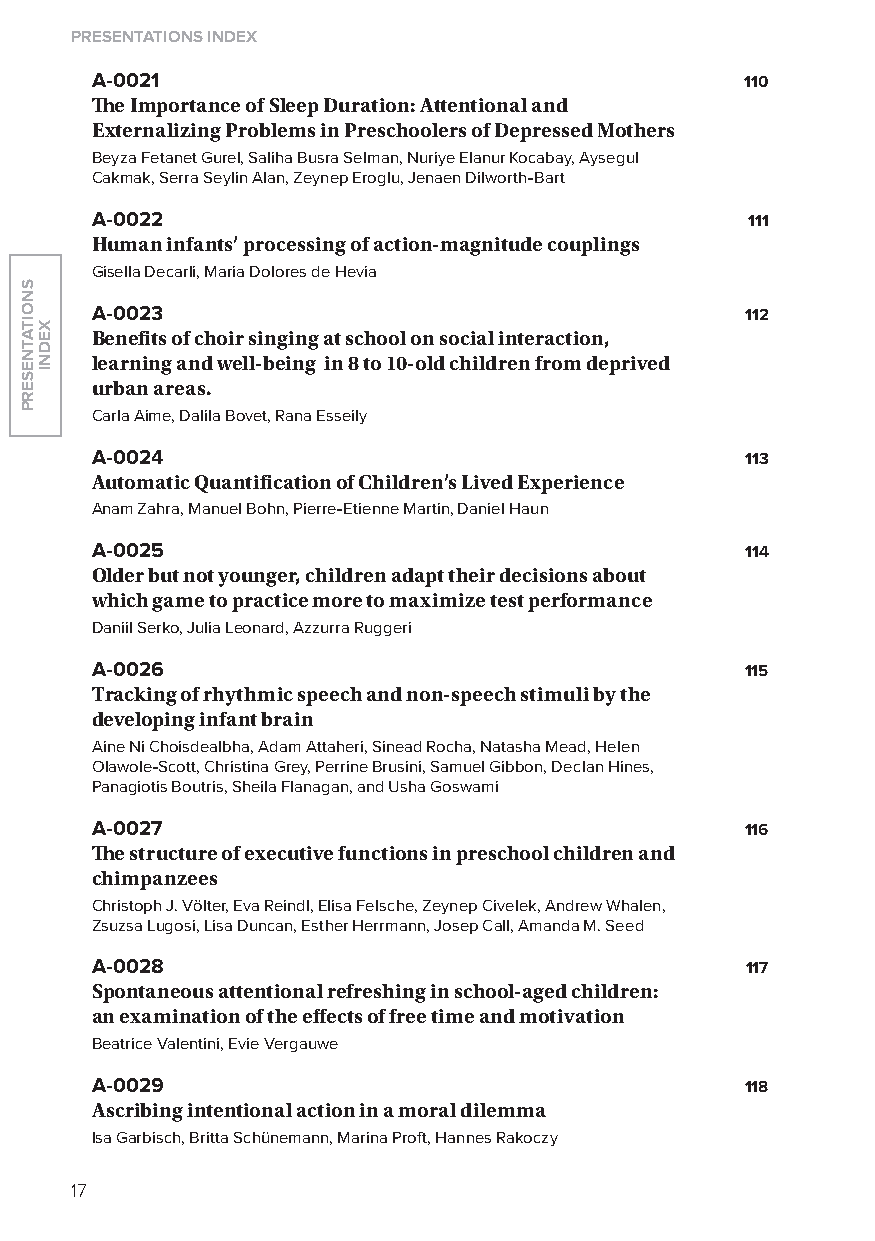
Presentations index
 A-0021                                     110
 The importance of sleep Duration: attentional and
 externalizing Problems in Preschoolers of Depressed mothers
 Beyza Fetanet Gurel, Saliha Busra Selman, Nuriye Elanur Kocabay, Aysegul
 Cakmak, Serra Seylin Alan, Zeynep Eroglu, Jenaen Dilworth-Bart
 A-0022                                     111
 human infants’ processing of action-magnitude couplings
 Gisella Decarli, Maria Dolores de Hevia
 A-0023                                     112
 Benefits of choir singing at school on social interaction,
 learning and well-being in 8 to 10-old children from deprived
 urban areas.
 Carla Aime, Dalila Bovet, Rana Esseily
 A-0024                                     113
 automatic Quantification of Children’s lived experience
 Anam Zahra, Manuel Bohn, Pierre-Etienne Martin, Daniel Haun
 A-0025                                     114
 Older but not younger, children adapt their decisions about
 which game to practice more to maximize test performance
 Daniil Serko, Julia leonard, Azzurra Ruggeri
 A-0026                                     115
 tracking of rhythmic speech and non-speech stimuli by the
 developing infant brain
 Aine Ni Choisdealbha, Adam Attaheri, Sinead Rocha, Natasha Mead, Helen
 olawole-Scott, Christina Grey, Perrine Brusini, Samuel Gibbon, Declan Hines,
 Panagiotis Boutris, Sheila Flanagan, and Usha Goswami
 A-0027                                     116
 The structure of executive functions in preschool children and
 chimpanzees
 Christoph J. Völter, Eva Reindl, Elisa Felsche, Zeynep Civelek, Andrew Whalen,
 Zsuzsa lugosi, lisa Duncan, Esther Herrmann, Josep Call, Amanda M. Seed
 A-0028                                     117
 spontaneous attentional refreshing in school-aged children:
 an examination of the effects of free time and motivation
 Beatrice Valentini, Evie Vergauwe
 A-0029                                     118
 ascribing intentional action in a moral dilemma
 Isa Garbisch, Britta Schünemann, Marina Proft, Hannes Rakoczy
 17
 snoitatneserP
 xedni